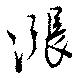
漲